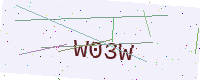
Text: W03W